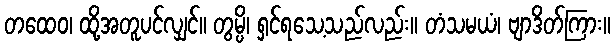
တထေဝ၊ ထို့အတူပင်လျှင်။ တွမ္ပိ၊ ရှင်ရသေ့သည်လည်း။ တံသမယံ၊ ဗျာဒိတ်ကြား။